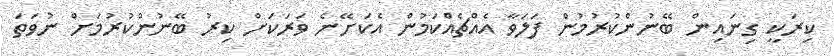
ކިރަކީ ގިނައިން ބޭނުންކުރުމުން ފަލަވާ އެއްޗެއްކަމުން އެކަށޭނެ ވަރަކަށް ކިރު ބޭނުންކުރުމަށް ނުވަތަ